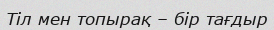
Тіл мен топырақ – бір тағдыр